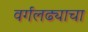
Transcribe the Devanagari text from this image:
वर्गलढ्याचा